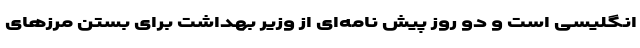
انگلیسی است و دو روز پیش نامه‌ای از وزیر بهداشت برای بستن مرز‌های